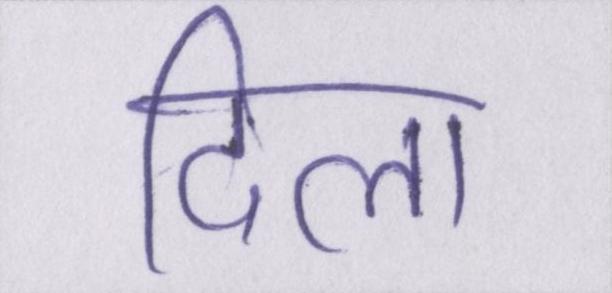
दिला